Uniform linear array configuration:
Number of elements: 16
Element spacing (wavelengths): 1
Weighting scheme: binomial
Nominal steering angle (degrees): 60
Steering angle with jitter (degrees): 61.553
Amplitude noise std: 0.05
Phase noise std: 0.05

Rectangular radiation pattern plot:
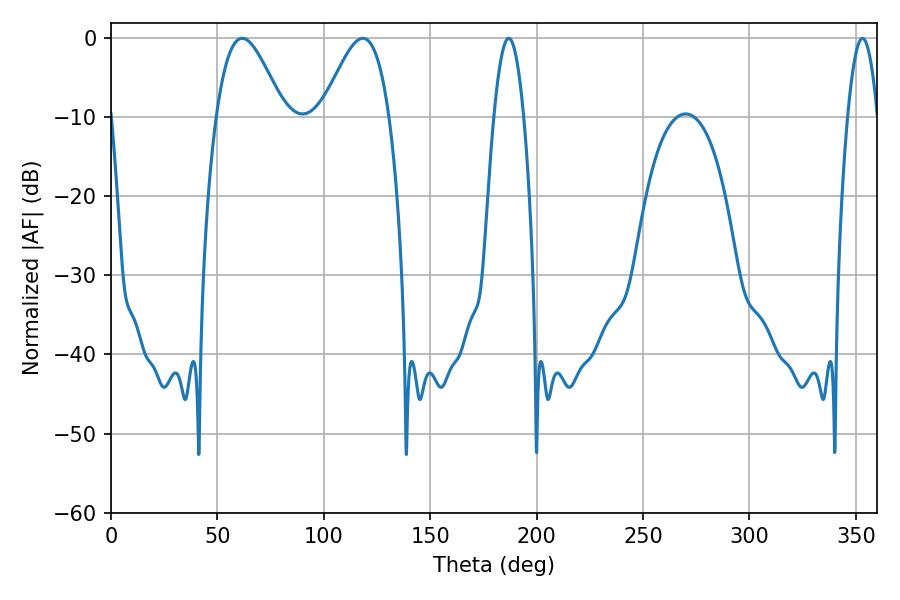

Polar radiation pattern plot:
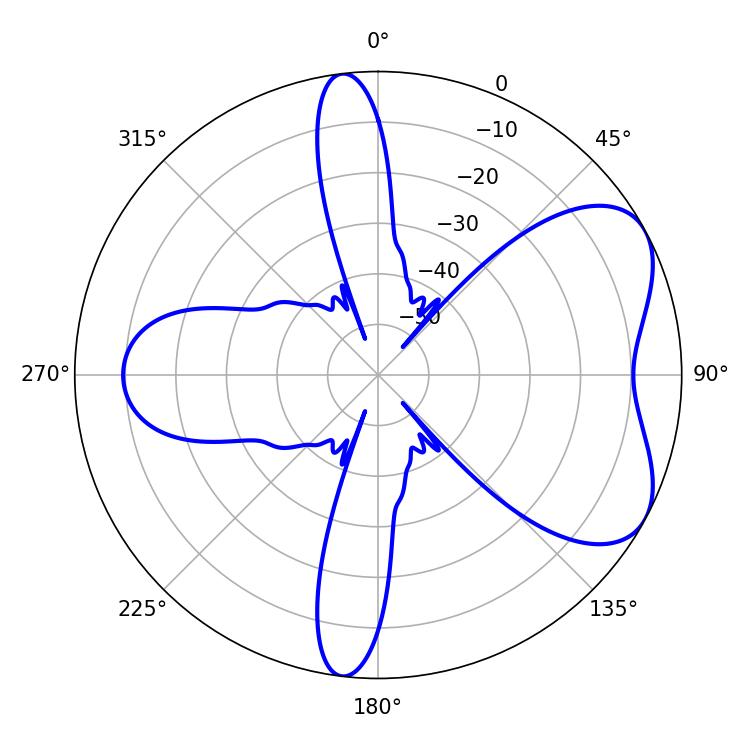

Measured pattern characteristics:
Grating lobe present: TRUE
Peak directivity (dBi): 5.794
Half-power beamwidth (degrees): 16.92
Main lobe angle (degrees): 61.56